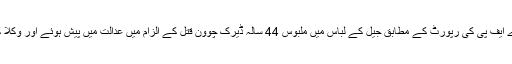
غیر ملکی خبر رساں ادارے اے ایف پی کی رپورٹ کے مطابق جیل کے لباس میں ملبوس 44 سالہ ڈیرک چوون قتل کے الزام میں عدالت میں پیش ہوئے اور وکلا کے سوالات کے جوابات دیے۔